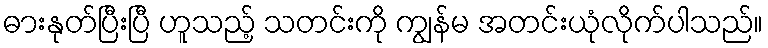
ဓားနုတ်ပြီးပြီ ဟူသည့် သတင်းကို ကျွန်မ အတင်းယုံလိုက်ပါသည်။